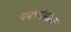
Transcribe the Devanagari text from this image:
पथकांसोबत